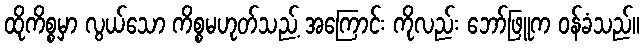
ထိုကိစ္စမှာ လွယ်သော ကိစ္စမဟုတ်သည့် အကြောင်း ကိုလည်း ဘော်ဖြူက ဝန်ခံသည်။